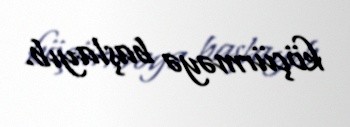
köçürməyə başlayıb.